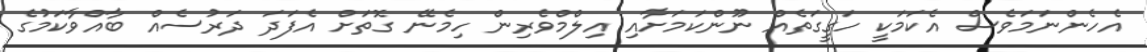
އެހެންނަމަވެސް އެކަމަކީ ހަގީގަތެއް ނޫންކަމަށާއި އިލްމްވެރިން ހިމެނޭ ގޮތަށް އެފަދަ ދަރުސެއް ބާއްވާކަމުގެ